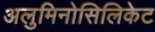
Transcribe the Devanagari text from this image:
अलुमिनोसिलिकेट